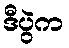
ဒီပွဲက